Investigations on Bengal jail dietaries - Number 37
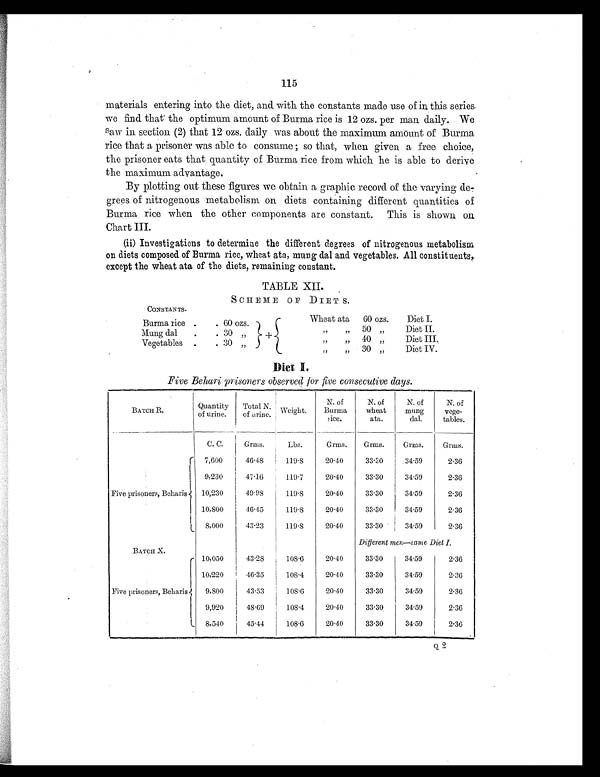
115
materials entering into the diet, and with the constants made use of in this series
we find that the optimum amount of Burma rice is 12 ozs. per man daily. We
saw in section (2) that 12 ozs. daily was about the maximum amount of Burma
rice that a prisoner was able to consume ; so that, when given a free choice,
the prisoner eats that quantity of Burma rice from which he is able to derive
the maximum advantage.
By plotting out these figures we obtain a graphic record of the varying de
-grees of nitrogenous metabolism on diets containing different quantities of
Burma rice when the other components are constant. This is shown on
Chart III.
(ii) Investigations to determine the different degrees of nitrogenous metabolism
on diets composed of Burma rice, wheat ata, mung dal and vegetables. All constituents,
except the wheat ata of the diets, remaining constant.
TABLE XII.
SCHEME OF DIET S.
CONSTANTS.
Burma rice .
. 60 ozs.
+
Wheat ata
60 ozs.
Diet I.
Mung dal
.
. 30
„
„
„
50
„
Diet II.
Vegetables
.
. 30
„
„
„
40
„
Diet III.
„
„
30 „
Diet IV.
Diet I.
Five Behari prisoners observed for five consecutive days.
BATCH R.
Quantity
of urine.
Total N.
of urine. Weight.
N. of
Burma
rice.
N. of
wheat
ata.
N. of
mung
dal.
N. of
vege-
tables.
C. C.
Grms.
Lbs.
Grms.
Grms.
Grms.
Grms.
Five prisoners, Beharis
7,600
46.48
119.8
20.40
33.30
34.59
2.36
9,230
47.16
119.7
20.40
33.30
34.59
2.36
10,230
49.98
119.8
20.40
33.30
34.59
2.36
10,800
46.45
119.8
20.40
33.30
34.59
2.36
8,000
43.23
119.8
20.40
33.30
34.59
2.36
Different men—same Diet I.
BATCH X.
Five prisoners, Beharis
10,050
43.28
108.6
20.40
33.30
34.59
2.36
10,220
46.35
108.4
20.40
33.30
34.59
2.36
9,800
43.53
108.6
20.40
33.30
34.59
2.36
9,920
48.69
108.4
20.40
33.30
34.59
2.36
8,540
45.44
108.6
20.40
33.30
34.59
2.36
Q 2